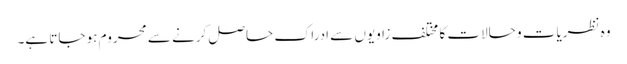
وہ نظریات و حالات کا مختلف زاویوں سے ادراک حاصل کرنے سے محروم ہو جاتا ہے۔